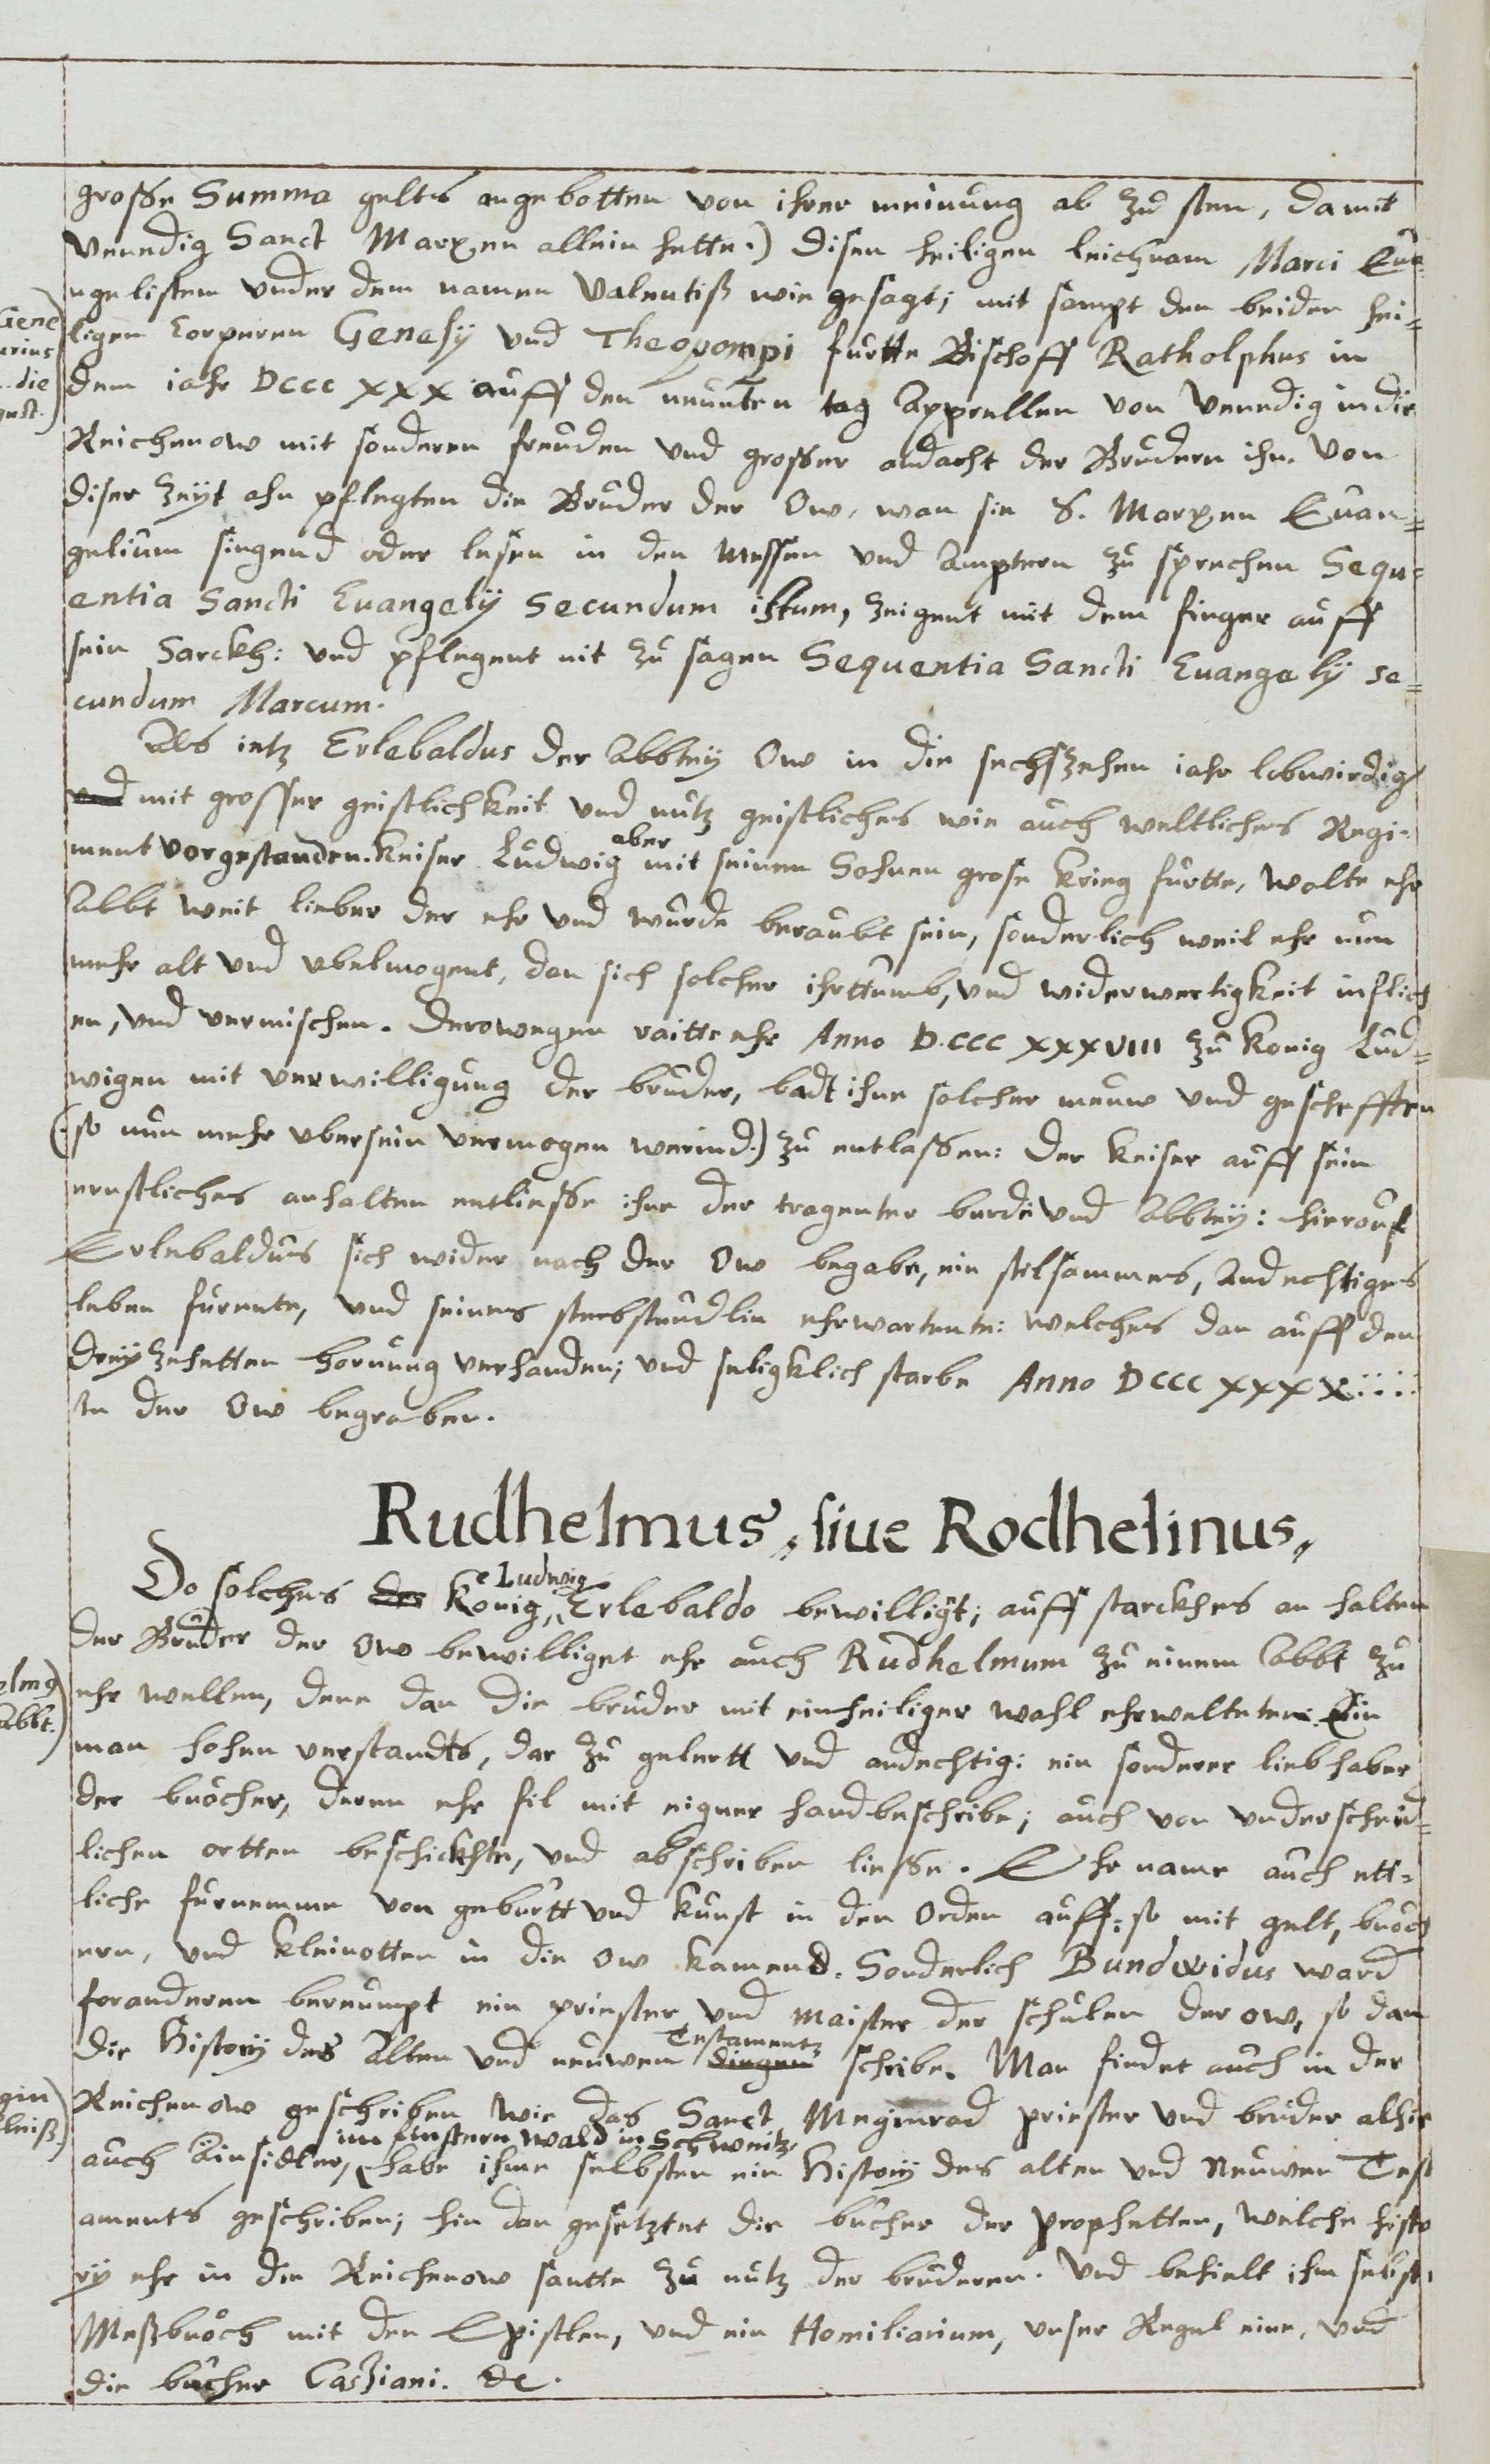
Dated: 1613–1642